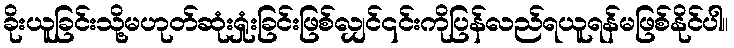
ခိုးယူခြင်းသို့မဟုတ်ဆုံးရှုံးခြင်းဖြစ်လျှင်၎င်းကိုပြန်လည်ရယူရန်မဖြစ်နိုင်ပါ။